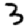
Digit: 3